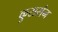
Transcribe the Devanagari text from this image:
कुरासंन